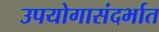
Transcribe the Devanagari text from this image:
उपयोगासंदर्भात